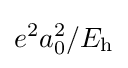
e^{2}a_{0}^{2}/E_{\text{h}}